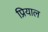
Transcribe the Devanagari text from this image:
प्रियाल